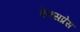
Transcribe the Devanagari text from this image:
ऐक्सप्रेस